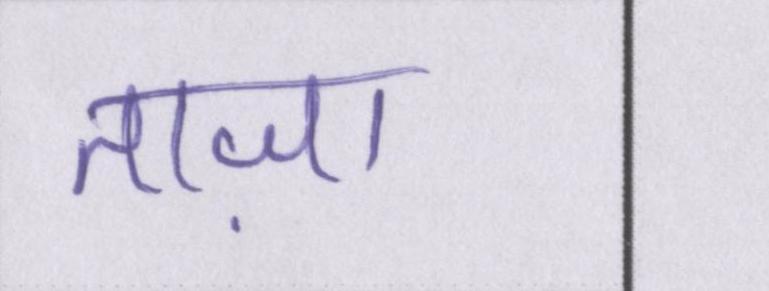
ताज़ा